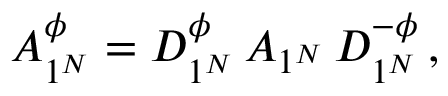
A _ { 1 ^ { N } } ^ { \phi } = D _ { 1 ^ { N } } ^ { \phi } \, A _ { 1 ^ { N } } \, D _ { 1 ^ { N } } ^ { - \phi } \, ,